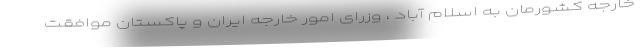
خارجه کشورمان به اسلام آباد ، وزرای امور خارجه ایران و پاکستان موافقت